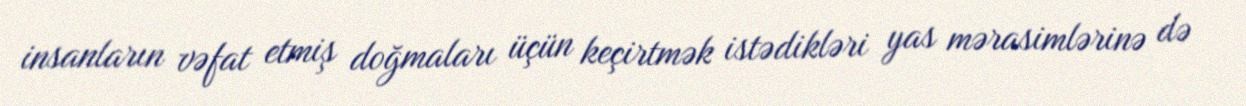
insanların vəfat etmiş doğmaları üçün keçirtmək istədikləri yas mərasimlərinə də